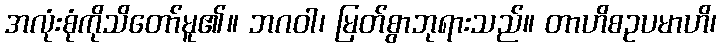
အလုံးစုံကိုသိတော်မူ၏။ ဘဂဝါ၊ မြတ်စွာဘုရားသည်။ တာဟိစဥပမာဟိ၊